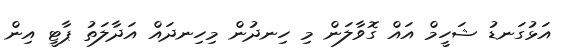
އަޅުގަނޑު ޝަހީމް އައް ގޮވާލަން މި ހިނދުން މިހިނދައް އަދާލަތު ޕާޓީ އިން